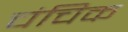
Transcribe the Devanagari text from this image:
चंचिक